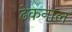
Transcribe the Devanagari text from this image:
ढेकनाल